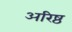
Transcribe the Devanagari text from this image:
अरिष्ठ